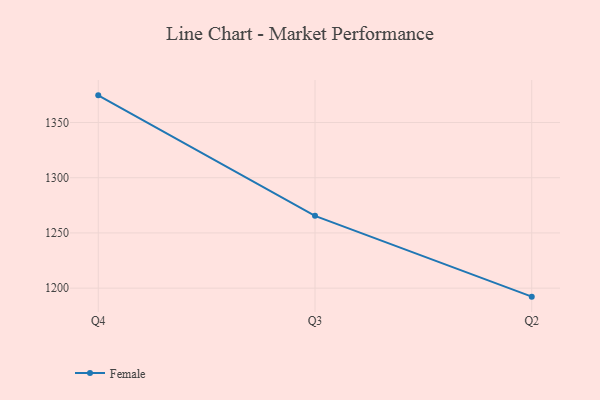
{"axis": {"x": "Quarter", "y": "Tickets Resolved"}, "legend": ["Female"], "data": [{"x": "Q4", "y": 1374.6, "type": "Female"}, {"x": "Q3", "y": 1265.5, "type": "Female"}, {"x": "Q2", "y": 1192.3, "type": "Female"}]}